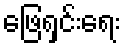
ဖြေရှင်းရေး